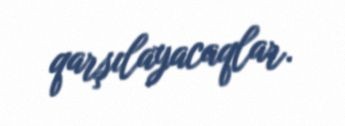
qarşılayacaqlar.